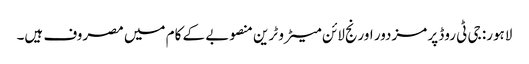
لاہور: جی ٹی روڈ پر مزدور اورنج لائن میٹرو ٹرین منصوبے کے کام میں مصروف ہیں۔